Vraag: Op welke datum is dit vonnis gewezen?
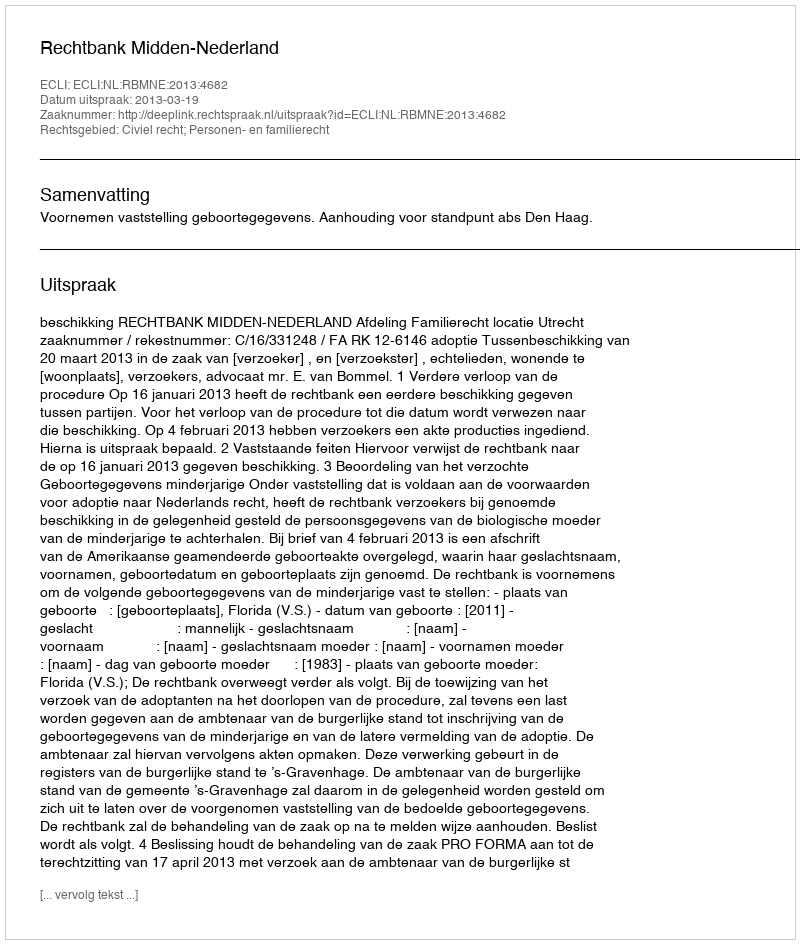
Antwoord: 2013-03-19